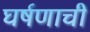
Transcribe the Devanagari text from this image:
घर्षणाची